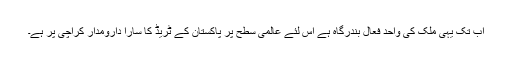
اب تک یہی ملک کی واحد فعال بندرگاہ ہے اس لئے عالمی سطح پر پاکستان کے ٹریڈ کا سارا دارومدار کراچی پر ہے۔